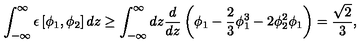
\int _ { - \infty } ^ { \infty } \epsilon \left[ \phi _ { 1 } , \phi _ { 2 } \right] d z \geq \int _ { - \infty } ^ { \infty } d z \frac { d } { d z } \left( { \phi _ { 1 } } - \frac { 2 } { 3 } \phi _ { 1 } ^ { 3 } - 2 \phi _ { 2 } ^ { 2 } \phi _ { 1 } \right) = \frac { \sqrt 2 } { 3 } ,